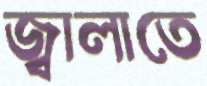
জ্বালাতে